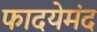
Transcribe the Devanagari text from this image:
फादयेमंद